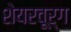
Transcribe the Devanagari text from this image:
शेयरवूर्ग